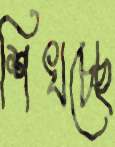
শিখচ্ছে